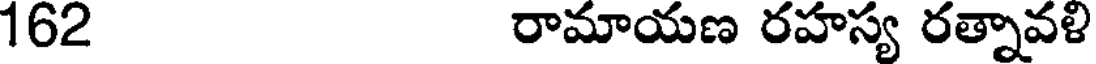
162 రామాయణ రహస్య రత్నావళి